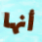
أنها